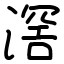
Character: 滘